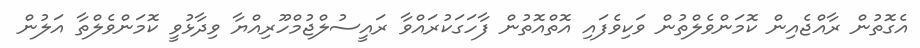
އެގޮތުން ރާއްޖެއިން ކޮމަންވެލްތުން ވަކިވެފައި އޮތްއޮތުން ފާހަގަކުރައްވާ ރައީސުލްޖުމްހޫރިއްޔާ ވިދާޅުވީ ކޮމަންވެލްތާ އަލުން